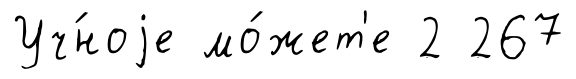
Уч́ноjе мо́жет'е 2 267